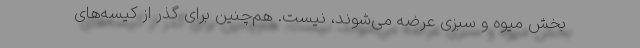
بخش میوه و سبزی عرضه می‌شوند، نیست. هم‌چنین برای گذر از کیسه‌های